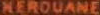
MEROUANE